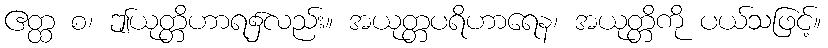
ဧတ္ထ စ၊ ဤယုတ္တိဟာရ၌လည်း။ အယုတ္တပရိဟာရေန၊ အယုတ္တိကို ပယ်သဖြင့်။